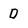
Character: D